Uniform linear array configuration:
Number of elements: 12
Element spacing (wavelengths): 0.5
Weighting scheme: hamming
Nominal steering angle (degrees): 30
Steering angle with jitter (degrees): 31.06
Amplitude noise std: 0.05
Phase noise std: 0.05

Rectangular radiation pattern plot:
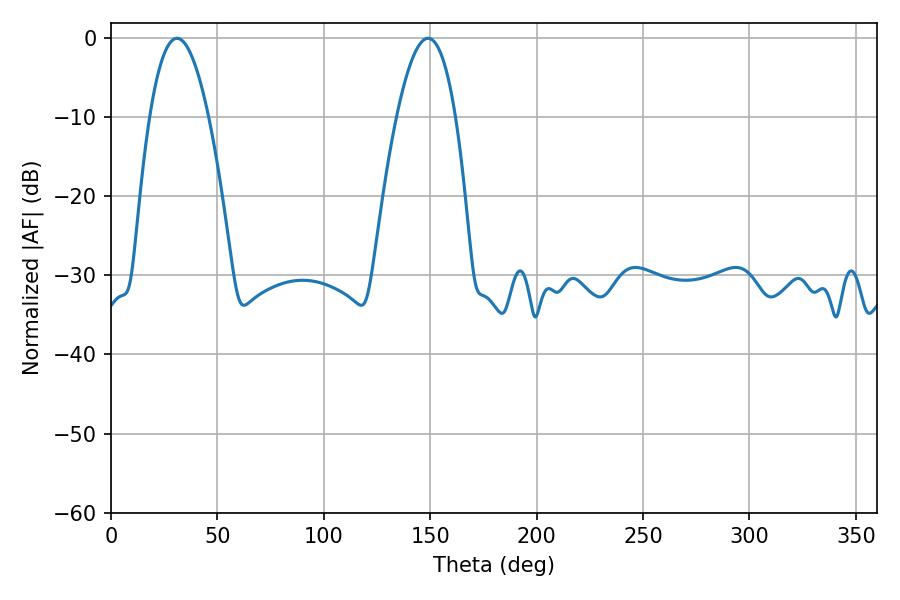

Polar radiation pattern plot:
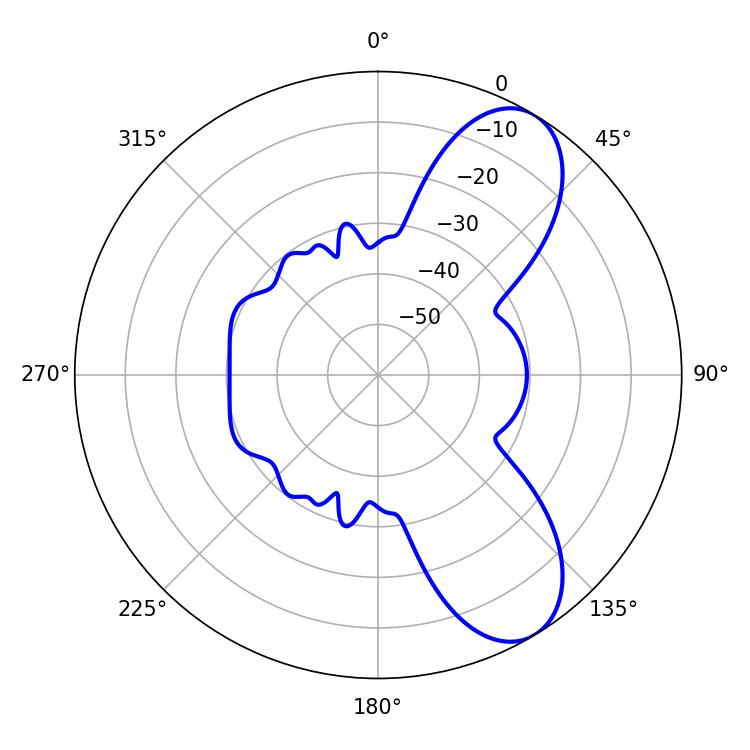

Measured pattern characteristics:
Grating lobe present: FALSE
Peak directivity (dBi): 8.299
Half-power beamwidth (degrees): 15.12
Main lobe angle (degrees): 30.96